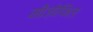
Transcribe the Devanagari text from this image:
मीज़ोफिल